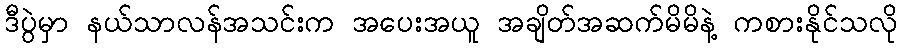
ဒီပွဲမှာ နယ်သာလန်အသင်းက အပေးအယူ အချိတ်အဆက်မိမိနဲ့ ကစားနိုင်သလို